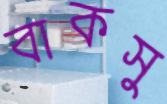
বাকসু